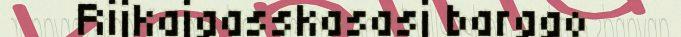
Rijkajgasskasasj barggo